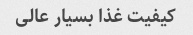
کیفیت غذا بسیار عالی